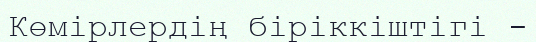
Көмірлердің біріккіштігі -